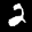
Label: 2